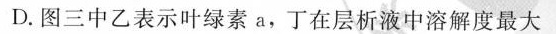
D.图三中乙表示叶绿素a，丁在层析液中溶解度最大